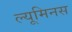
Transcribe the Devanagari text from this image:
ल्यूमिनस